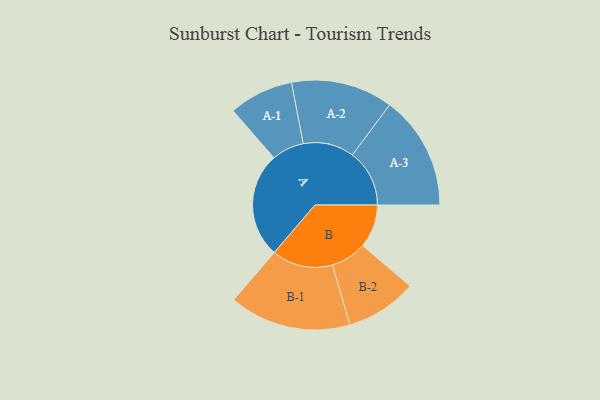
{"axis": {"x": "Segment", "y": "Value"}, "legend": ["", "A", "B"], "data": [{"x": "A", "y": 467, "type": ""}, {"x": "B", "y": 192, "type": ""}, {"x": "A-1", "y": 143, "type": "A"}, {"x": "A-2", "y": 226, "type": "A"}, {"x": "A-3", "y": 253, "type": "A"}, {"x": "B-1", "y": 270, "type": "B"}, {"x": "B-2", "y": 158, "type": "B"}]}